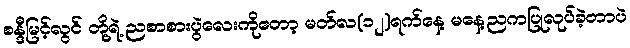
စန္ဒီမြင့်လွင် တို့ရဲ့ ညစာစားပွဲလေးကိုတော့ မတ်လ(၁၂)ရက်နေ့ မနေ့ညကပြုလုပ်ခဲ့တာပဲ